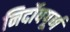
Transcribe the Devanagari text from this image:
निर्दोषपूर्ण